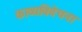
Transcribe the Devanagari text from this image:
काव्यविवेचना